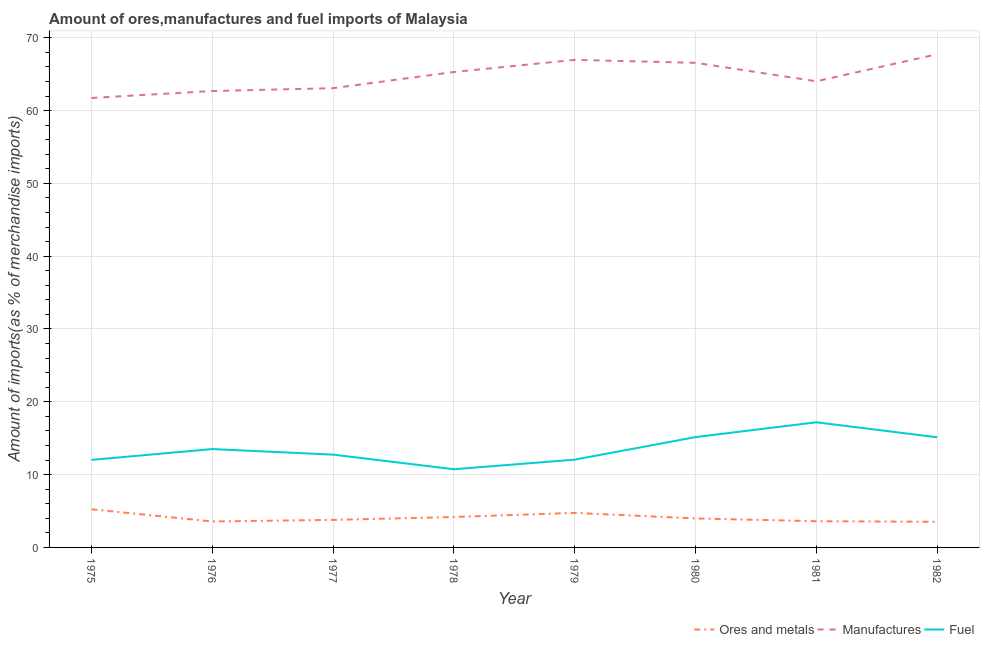
| Year | Ores and metals | Manufactures | Fuel |
 | --- | --- | --- | --- |
 | 1975 | 5.24 | 61.7 | 12 |
 | 1976 | 3.56 | 62.7 | 13.5 |
 | 1977 | 3.78 | 63.1 | 12.7 |
 | 1978 | 4.18 | 65.3 | 10.7 |
 | 1979 | 4.74 | 67 | 12.1 |
 | 1980 | 3.98 | 66.6 | 15.2 |
 | 1981 | 3.6 | 64 | 17.2 |
 | 1982 | 3.52 | 67.7 | 15.1 |